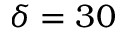
\delta = 3 0